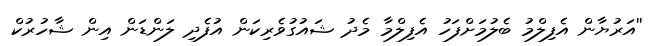
''އަރުޔާން އެފިލްމު ބެލުމަށްފަހު އެފިލްމާ މެދު ޝައުގުވެރިކަން އުފެދި ލަންޑަން އިން ޝާހުރުކް